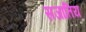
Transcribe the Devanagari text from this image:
सजातिय